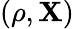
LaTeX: (\rho,\mathbf{X})